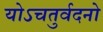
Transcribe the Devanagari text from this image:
योऽचतुर्वदनो